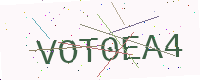
Text: VOT0EA4